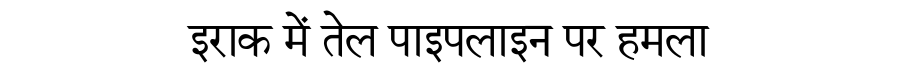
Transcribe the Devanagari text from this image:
इराक में तेल पाइपलाइन पर हमला